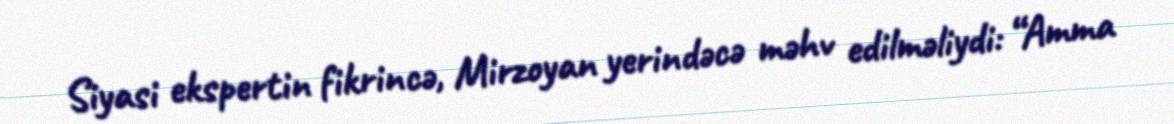
Siyasi ekspertin fikrincə, Mirzoyan yerindəcə məhv edilməliydi: “Amma